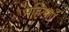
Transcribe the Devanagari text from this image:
महिलाएंँ